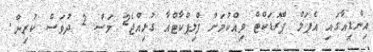
އިންޑިއާގައި އެޕަލް ޕްރޮޑަކްޓް ވިއްކުމަށް ފްލިޕްކާޓްއާ ގުޅިއްޖެ2 މަސް 2 ދުވަސް ކުރިން.